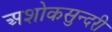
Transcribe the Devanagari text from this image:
अशोकसुन्दरी